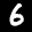
Label: 6